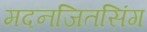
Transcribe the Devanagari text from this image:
मदनजितसिंग